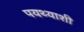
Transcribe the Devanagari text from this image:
पयथ्याशी